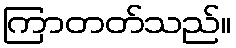
ကြာတတ်သည်။